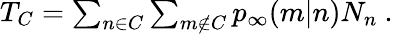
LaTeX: \begin{array}{r}{T_{C}=\sum_{n\in C}\sum_{m\not\in C}p_{\infty}(m|n)N_{n}\ .}\end{array}